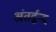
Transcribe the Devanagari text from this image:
अंतर्द्वन्द